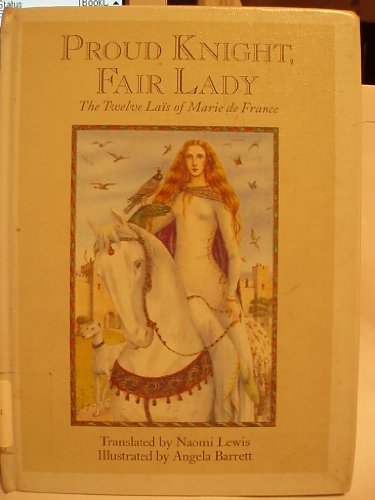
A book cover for Proud Knight, Fair Lady: The Twelve Lais of Marie de France; Marie de France; Teen & Young Adult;